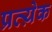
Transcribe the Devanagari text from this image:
प्रत्य़ेक